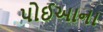
પોઈઆના